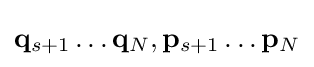
\mathbf {q} _{s+1}\dots \mathbf {q} _{N},\mathbf {p} _{s+1}\dots \mathbf {p} _{N}